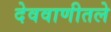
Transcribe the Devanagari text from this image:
देववाणीतले